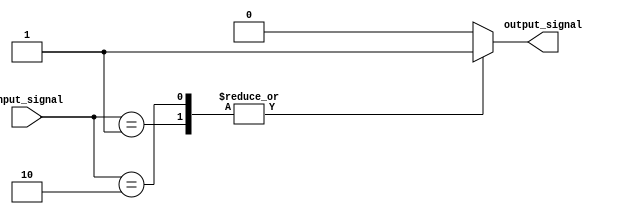
module simple_case_statement (
    input [1:0] input_signal,
    output reg output_signal
);

always @(*) begin
    case (input_signal)
        2'b00: output_signal = 1'b0; // When input_signal is 00, set output_signal to 0
        2'b01: output_signal = 1'b1; // When input_signal is 01, set output_signal to 1
        2'b10: begin // When input_signal is 10, execute a sequence of statements
            output_signal = 1'b1;
            // Insert additional statements here
        end
        default: output_signal = 1'b0; // Default case if input_signal does not match any condition
    endcase
end

endmodule